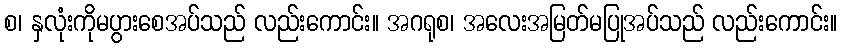
စ၊ နှလုံးကိုမပွားစေအပ်သည် လည်းကောင်း။ အဂရုစ၊ အလေးအမြတ်မပြုအပ်သည် လည်းကောင်း။